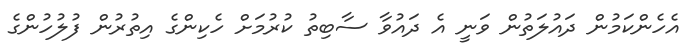
އެހެންކަމުން ދައުލަތުން ވަނީ އެ ދައުވާ ސާބިތު ކުރުމަށް ހެކިންގެ އިތުރުން ފުލުހުންގެ